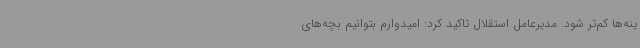
ینه‌ها کم‌تر شود. مدیرعامل استقلال تاکید کرد: امیدوارم بتوانیم بچه‌های